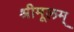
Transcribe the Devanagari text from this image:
श्रीमूलम्